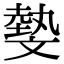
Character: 𣁞